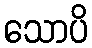
သောပိ